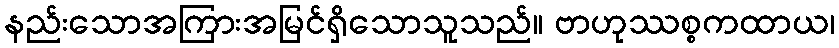
နည်းသောအကြားအမြင်ရှိသောသူသည်။ ဗာဟုဿစ္စကထာယ၊